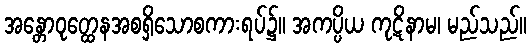
အန္တောဝုတ္ထေနအစရှိသောစကားရပ်၌။ အကပ္ပိယ ကုဋိနာမ၊ မည်သည်။